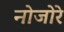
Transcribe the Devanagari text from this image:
नोजोरे